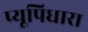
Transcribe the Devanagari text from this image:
प्यूपिधारा